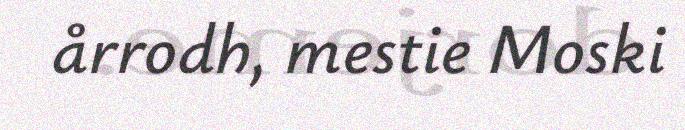
årrodh, mestie Moski